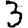
Digit: 3